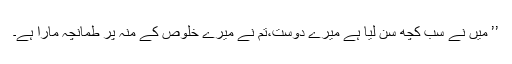
’’ میں نے سب کچھ سن لیا ہے میرے دوست،تم نے میرے خلوص کے منہ پر طمانچہ مارا ہے۔